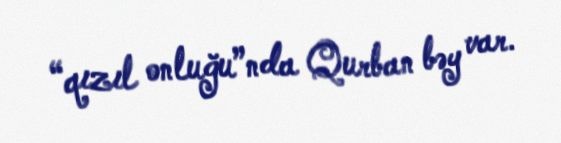
“qızıl onluğu”nda Qurban bəy var.